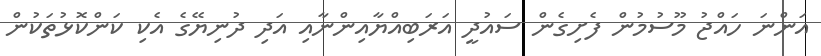
އަންނަ ހައްޖު މޫސުމުން ފެށިގެން ސައުދީ އަރަބިއްޔާއިންނާއި އަދި ދުނިޔޭގެ އެކި ކަންކޮޅުތަކުން